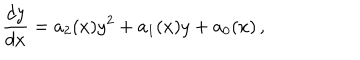
LaTeX: \frac { d y } { d x } = a _ { 2 } ( x ) y ^ { 2 } + a _ { 1 } ( x ) y + a _ { 0 } ( x ) \, ,